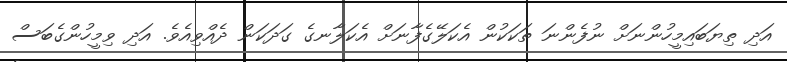
އަދި ތިޔަބައިމީހުންނަށް ނުފެންނަ ތަކަކުން އެކަލޭގެފާނަށް އެކަލާނގެ ގަދަކަން ދެއްވިއެވެ. އަދި ވިމީހުންގެބަސް